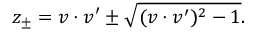
z _ { \pm } = v \cdot v ^ { \prime } \pm \sqrt { ( v \cdot v ^ { \prime } ) ^ { 2 } - 1 } .